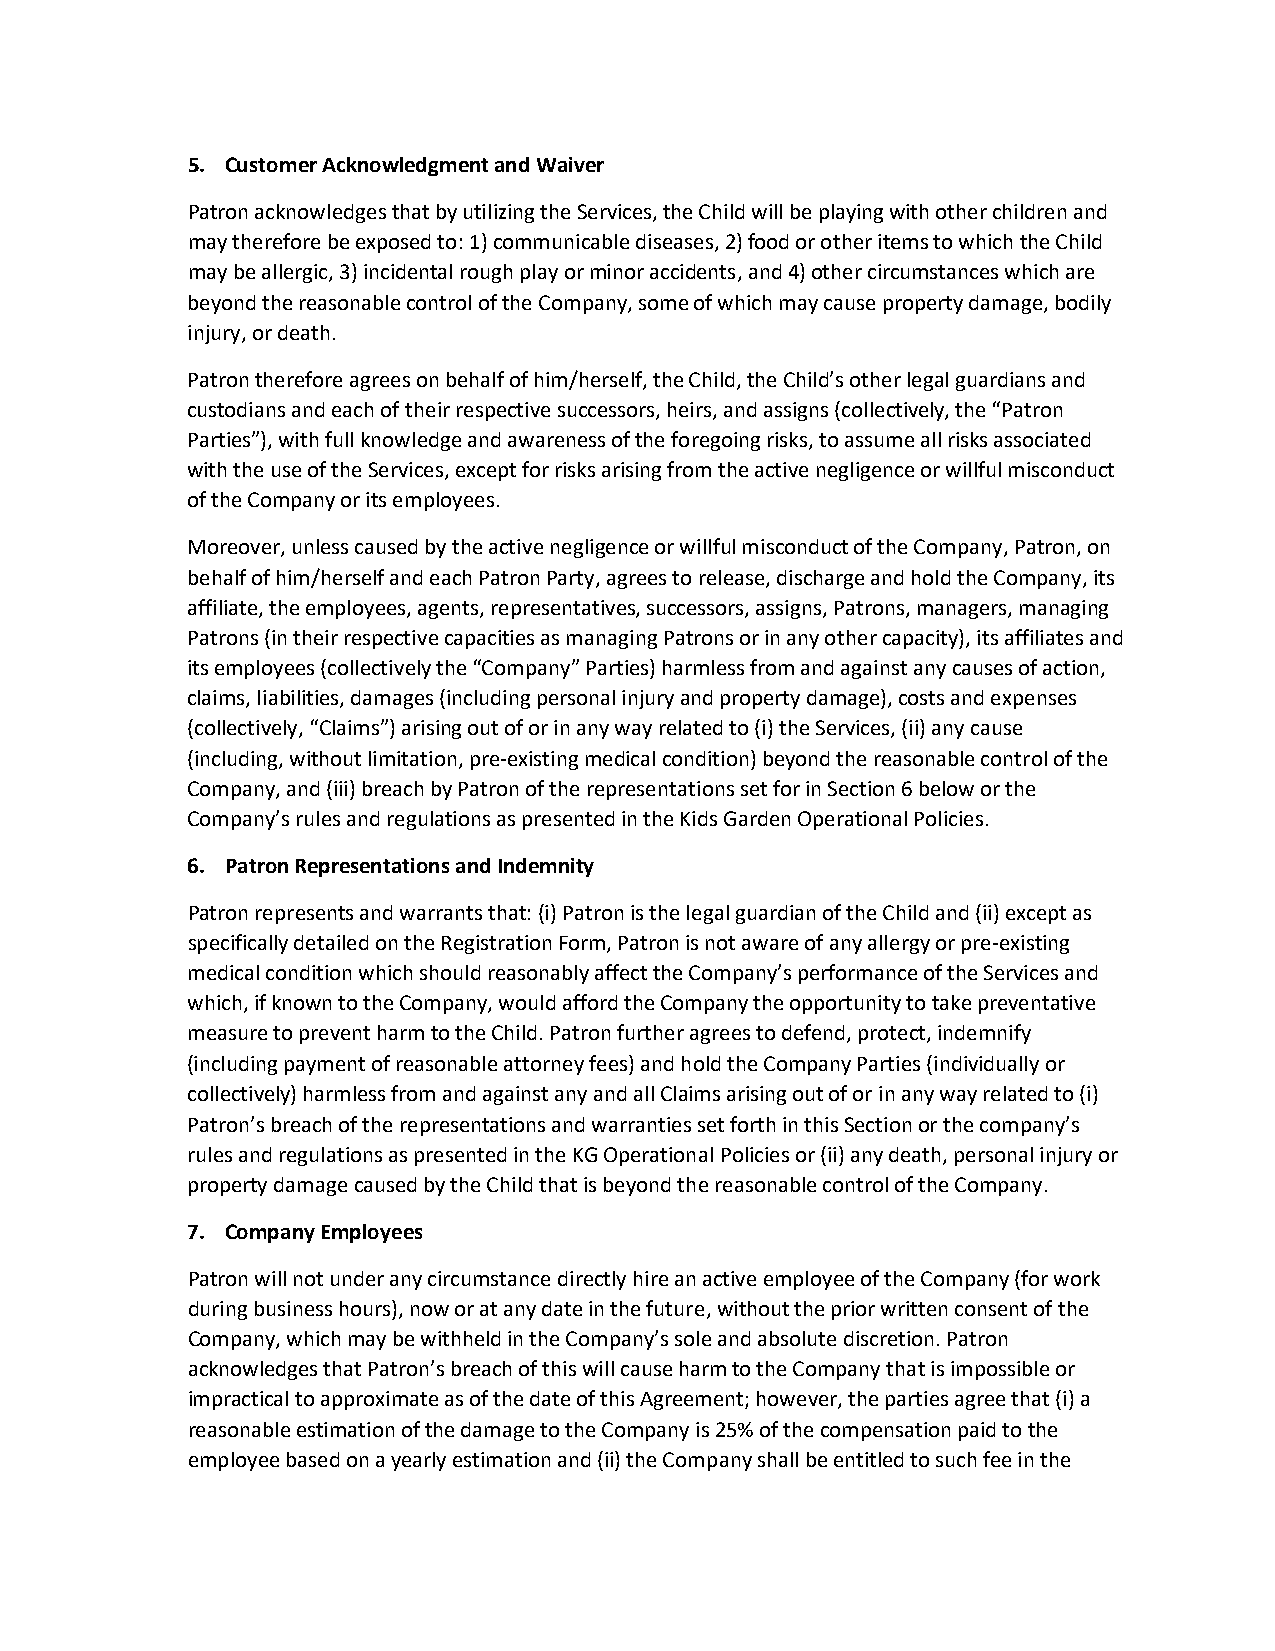
5. Customer Acknowledgment and Waiver
 Patron acknowledges that by utilizing the Services, the Child will be playing with other children and
 may therefore be exposed to: 1) communicable diseases, 2) food or other items to which the Child
 may be allergic, 3) incidental rough play or minor accidents, and 4) other circumstances which are
 beyond the reasonable control of the Company, some of which may cause property damage, bodily
 injury, or death.
 Patron therefore agrees on behalf of him/herself, the Child, the Child’s other legal guardians and
 custodians and each of their respective successors, heirs, and assigns (collectively, the “Patron
 Parties”), with full knowledge and awareness of the foregoing risks, to assume all risks associated
 with the use of the Services, except for risks arising from the active negligence or willful misconduct
 of the Company or its employees.
 Moreover, unless caused by the active negligence or willful misconduct of the Company, Patron, on
 behalf of him/herself and each Patron Party, agrees to release, discharge and hold the Company, its
 affiliate, the employees, agents, representatives, successors, assigns, Patrons, managers, managing
 Patrons (in their respective capacities as managing Patrons or in any other capacity), its affiliates and
 its employees (collectively the “Company” Parties) harmless from and against any causes of action,
 claims, liabilities, damages (including personal injury and property damage), costs and expenses
 (collectively, “Claims”) arising out of or in any way related to (i) the Services, (ii) any cause
 (including, without limitation, pre‐existing medical condition) beyond the reasonable control of the
 Company, and (iii) breach by Patron of the representations set for in Section 6 below or the
 Company’s rules and regulations as presented in the Kids Garden Operational Policies.
 6. Patron Representations and Indemnity
 Patron represents and warrants that: (i) Patron is the legal guardian of the Child and (ii) except as
 specifically detailed on the Registration Form, Patron is not aware of any allergy or pre‐existing
 medical condition which should reasonably affect the Company’s performance of the Services and
 which, if known to the Company, would afford the Company the opportunity to take preventative
 measure to prevent harm to the Child. Patron further agrees to defend, protect, indemnify
 (including payment of reasonable attorney fees) and hold the Company Parties (individually or
 collectively) harmless from and against any and all Claims arising out of or in any way related to (i)
 Patron’s breach of the representations and warranties set forth in this Section or the company’s
 rules and regulations as presented in the KG Operational Policies or (ii) any death, personal injury or
 property damage caused by the Child that is beyond the reasonable control of the Company.
 7. Company Employees
 Patron will not under any circumstance directly hire an active employee of the Company (for work
 during business hours), now or at any date in the future, without the prior written consent of the
 Company, which may be withheld in the Company’s sole and absolute discretion. Patron
 acknowledges that Patron’s breach of this will cause harm to the Company that is impossible or
 impractical to approximate as of the date of this Agreement; however, the parties agree that (i) a
 reasonable estimation of the damage to the Company is 25% of the compensation paid to the
 employee based on a yearly estimation and (ii) the Company shall be entitled to such fee in the